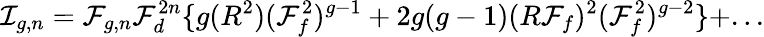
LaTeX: \mathcal{I}_{g,n}=\mathcal{F}_{g,n}\mathcal{F}_{d}^{2n}\{ g(R^{2})(\mathcal{F}_{f}^{2})^{g-1}+2g(g-1)(R\mathcal{F}_{f})^{2}(\mathcal{F}_{f}^{2})^{g-2}\} +...